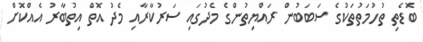
ބޮޑެތި ތުހުމަތުތަކުގެ ސަބަބުން ރައްޔިތުންގެ މެދުގައި ސަރުކާރާއި މެދު އޮތް އިތުބާރު އެއްކޮށް